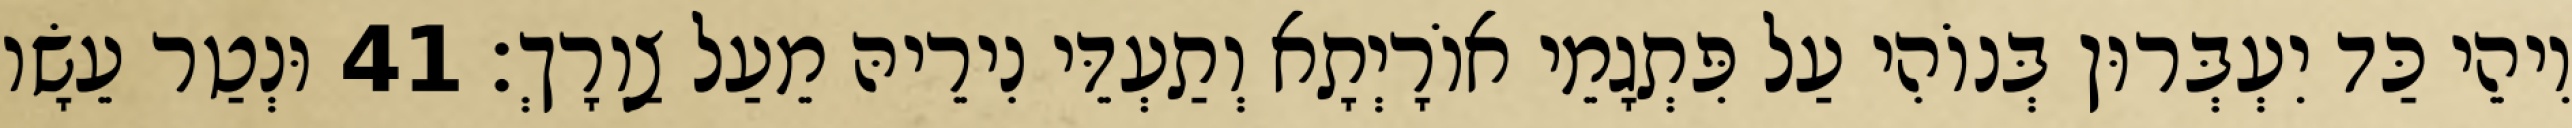
וִיהֵי כַּד יִעְבְּרוּן בְּנוֹהִי עַל פִּתְגָמֵי אוֹרָיְתָא וְתַעְדֵּי נִירֵיהּ מֵעַל צַוְרָךְ׃ 41 וּנְטַר עֵשָׂו